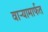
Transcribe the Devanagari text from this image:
वाऱ्यामार्फत